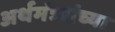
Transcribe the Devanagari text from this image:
अर्थमंत्र्यांच्या